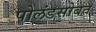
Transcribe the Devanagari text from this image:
पोलंडसोबत